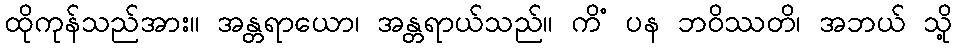
ထိုကုန်သည်အား။ အန္တရာယော၊ အန္တရာယ်သည်။ ကိံ ပန ဘဝိဿတိ၊ အဘယ် သို့